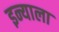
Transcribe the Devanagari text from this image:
इन्याला